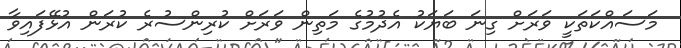
މަސައްކަތަކީ ވަރަށް ގިނަ ބަޔަކު އެދުމުގެ މަތިން ވަރަށް ކުރިންސުރެ ކުރަން އުޅޭފައިވާ